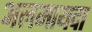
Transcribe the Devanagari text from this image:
अलमायदा